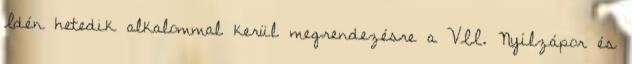
Idén hetedik alkalommal kerül megrendezésre a VII. Nyílzápor és